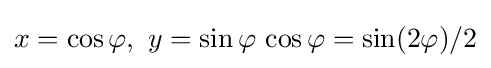
x=\cos \varphi ,\ y=\sin \varphi \,\cos \varphi =\sin(2\varphi )/2